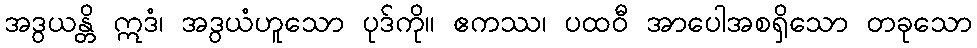
အဒွယန္တိ ဣဒံ၊ အဒွယံဟူသော ပုဒ်ကို။ ဧကဿ၊ ပထဝီ အာပေါအစရှိသော တခုသော